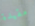
مقيدة